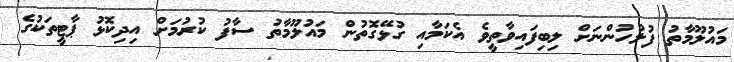
މައުލޫމާތު ފުލުހުންނަށް ލިބިފައިވާތީވެ އެކަމާއި ގުޅޭގޮތުން މައުލޫމާތު ސާފު ކުރުމަށް އިދިކޮޅު ޕާޓީތަކުގެ